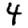
Digit: 4